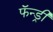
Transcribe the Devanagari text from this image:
फॅन्ड्री